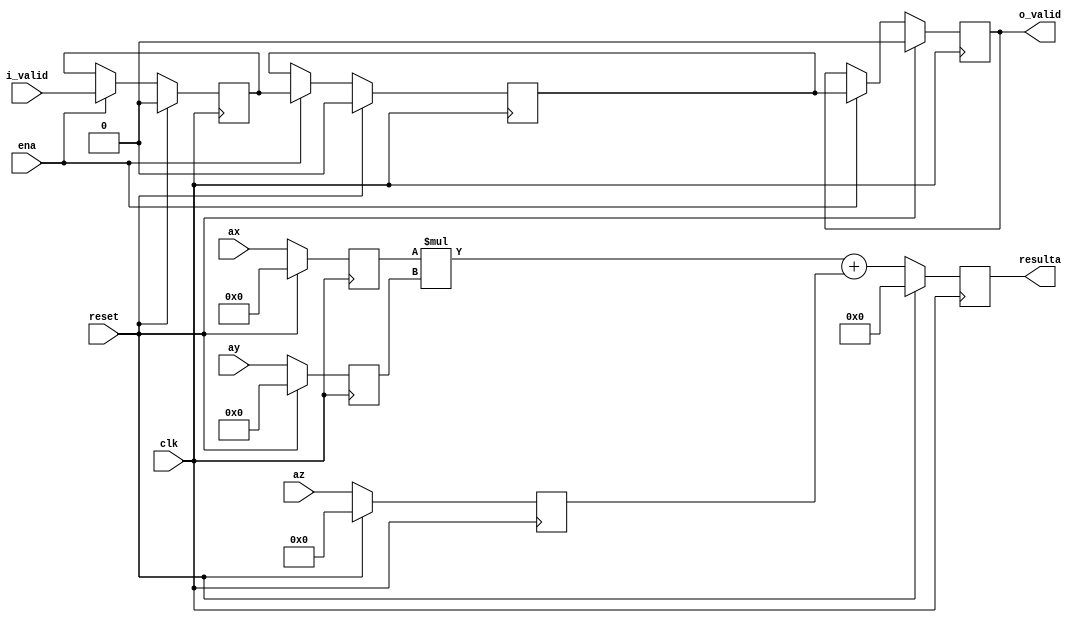
`define SIMULATION_MEMORY

module dsp_signed_mac_18_13_23_32 (
	input clk,
	input reset,
	input ena,
	input i_valid,
	input [17:0] ax,
	input [12:0] ay,
	input [22:0] az,
	output o_valid,
	output [31:0] resulta
);

reg [17:0] reg_ax;
reg [12:0] reg_ay;
reg [22:0] reg_az;
reg [31:0] reg_res;
always @ (posedge clk) begin
	if (reset) begin
		reg_ax  <= 0;
		reg_ay  <= 0;
		reg_az  <= 0;
		reg_res <= 0;
	end else begin
		reg_ax  <= ax;
		reg_ay  <= ay;
		reg_az  <= az;
		reg_res <= (reg_ax * reg_ay) + reg_az;
	end
end

assign resulta = reg_res;
reg input_valid, result_valid, output_valid;
always @ (posedge clk) begin
	if (reset) begin
		output_valid <= 1'b0;
		input_valid <= 1'b0;
		result_valid <= 1'b0;
	end else if (ena) begin
		input_valid <= i_valid;
		result_valid <= input_valid;
		output_valid <= result_valid;
	end
end
assign o_valid = output_valid;
endmodule